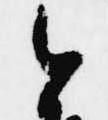
今